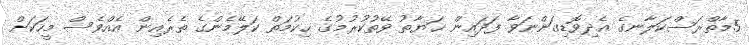
5މާތްރަސްކަލާނގެ އެދިވޮޑިގަންނަވާ ފަދައިން ޙަޔާތު ވޭތުކުރުމުގެ ޙިކުމަތް ކަލޭމެންގެ ތެރެއިން އެއްވެސް މީހަކަށް